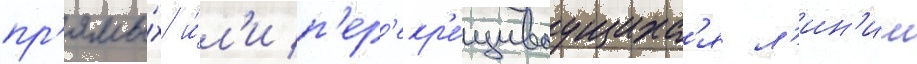
пр'ямы́х и́л'и п'ер'екр'е́щиваущихс'я л'ин'ии